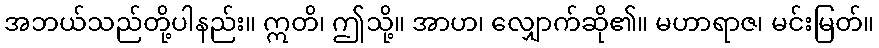
အဘယ်သည်တို့ပါနည်း။ ဣတိ၊ ဤသို့။ အာဟ၊ လျှောက်ဆို၏။ မဟာရာဇ၊ မင်းမြတ်။